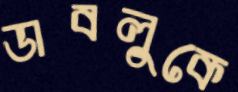
ডাবলুকে